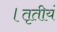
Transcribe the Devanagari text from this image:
।तृतीयं